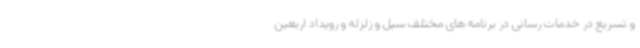
و تسریع در خدمات رسانی در برنامه های مختلف سیل و زلزله و رویداد اربعین